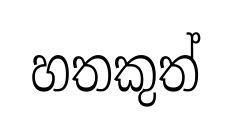
හතකුත්